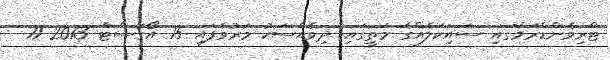
ޓްރިވެންޑްރަމްގައި ސައިކަލެއްގެ މަތީގައި ދިވެއްސަކު މަރުވެފައި 15 އޯގަސްޓް 2013 11